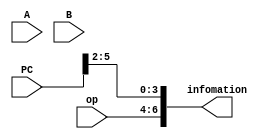
`timescale 1ns / 1ps
//////////////////////////////////////////////////////////////////////////////////
// Company: 
// Engineer: 
// 
// Design Name: 
// Module Name:    info 
// Project Name: 
// Target Devices: 
// Tool versions: 
// Description: 
//
// Dependencies: 
//
// Revision: 
// Revision 0.01 - File Created
// Additional Comments: 
//
//////////////////////////////////////////////////////////////////////////////////
module info(
	input [31:0]PC,
	input [31:0]A,
	input [31:0]B,
	input [2:0]op,
	output [31:0]infomation
    );

assign infomation[3:0]=PC[5:2];
assign infomation[6:4]=op;
assign infomation[19:8]=B[31:20];
assign infomation[31:20]=A[31:20];

endmodule